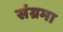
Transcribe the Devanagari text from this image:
संग्रमा